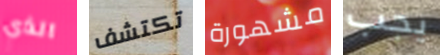
الذي تكتشف مشهورة يجب